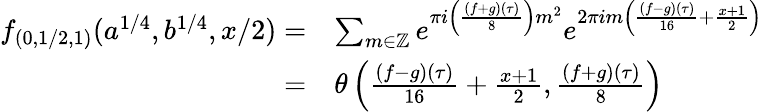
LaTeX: \begin{array}{rl}{f_{(0,1/2,1)}(a^{1/4},b^{1/4},x/2)=}&{\sum_{m\in\mathbb{Z}}e^{\pi i\left(\frac{(f+g)(\tau)}{8}\right)m^{2}}e^{2\pi im\left(\frac{(f-g)(\tau)}{16}+\frac{x+1}{2}\right)}}\\ {=}&{\theta\left(\frac{(f-g)(\tau)}{16}+\frac{x+1}{2},\frac{(f+g)(\tau)}{8}\right)}\end{array}